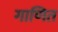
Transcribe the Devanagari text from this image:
गाणित